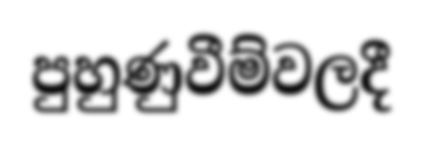
පුහුණුවීම්වලදී